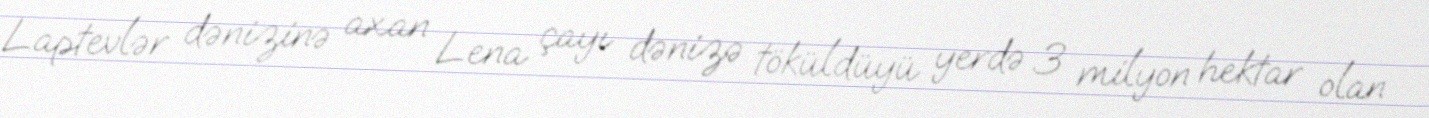
Laptevlər dənizinə axan Lena çayı dənizə töküldüyü yerdə 3 milyon hektar olan